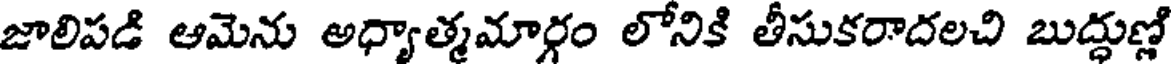
జాలిపడి ఆమెను అధ్యాత్మమార్గం లోనికి తీసుకరాదలచి బుద్ధుణ్లో